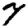
Digit: 7